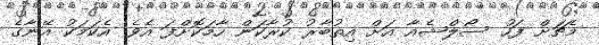
މެޗަށް ފަހު ސޯލްޝެއާ އަށް އިތުބާރު ކުރާކަން ހާމަކޮށްފަ އެވެ. އެކަމަކު އޭނާގެ